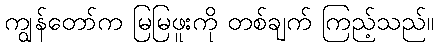
ကျွန်တော်က မြမြဖူးကို တစ်ချက် ကြည့်သည်။